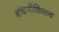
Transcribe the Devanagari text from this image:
बांधणीशिवाय